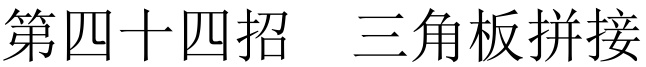
第四十四招  三角板拼接